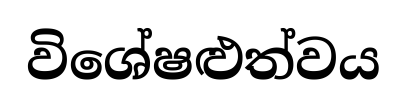
විශේෂළුත්වය